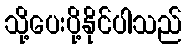
သို့ပေးပို့နိုင်ပါသည်